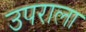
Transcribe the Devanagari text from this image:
उपराला